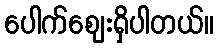
ပေါက်ဈေးရှိပါတယ်။